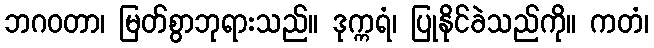
ဘဂဝတာ၊ မြတ်စွာဘုရားသည်။ ဒုက္ကရံ၊ ပြုနိုင်ခဲသည်ကို။ ကတံ၊